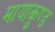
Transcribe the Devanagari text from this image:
मायाकुण्ड